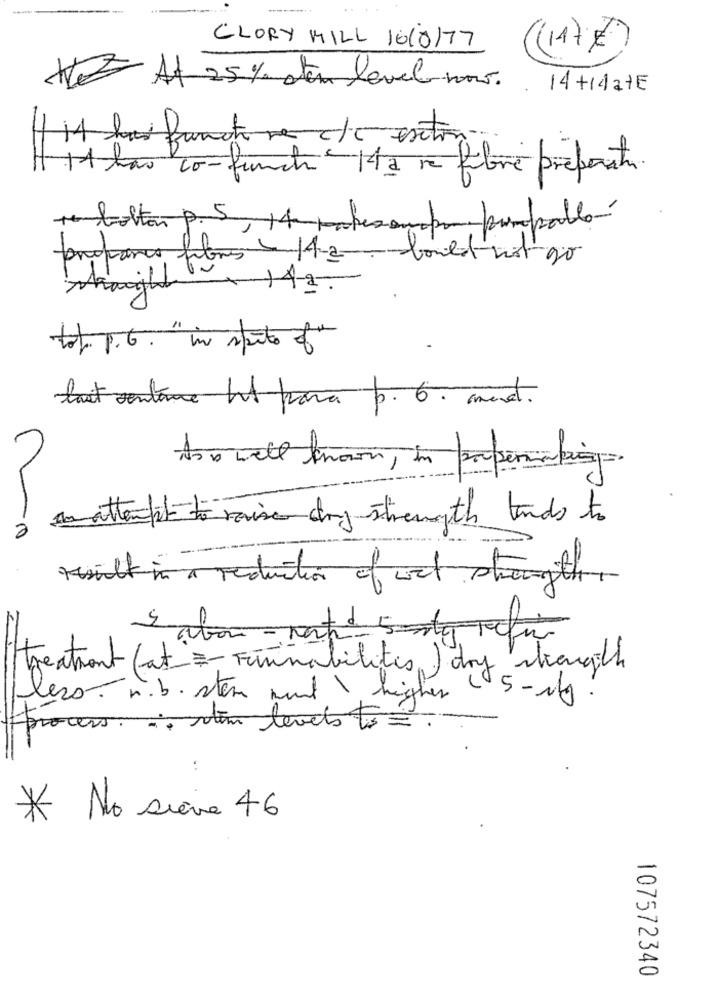
CLORY MILL IO10/77
11
At 25% aten level now.
14 +1datE
fantone c/c exton
11 las co-Lunch 14 a re fibre préparation
+ bolton p. 5, 14 patesompo pompablo
142.
64. 1.6. "in spite of"
last sentence ht para p. 6. mest.
anattenfit to raise dry strength tends to
0
multi reduction of wat strength
Sabor- rated 5cfu
treatment (at _- ruinabilites ) dry strength
leso. n. b. stem mund \ higher ( 5 -ig.
· ·· stem level to
* No sieve 46
107572340